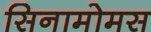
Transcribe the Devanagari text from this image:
सिनामोमस